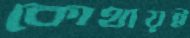
কোথায়ই